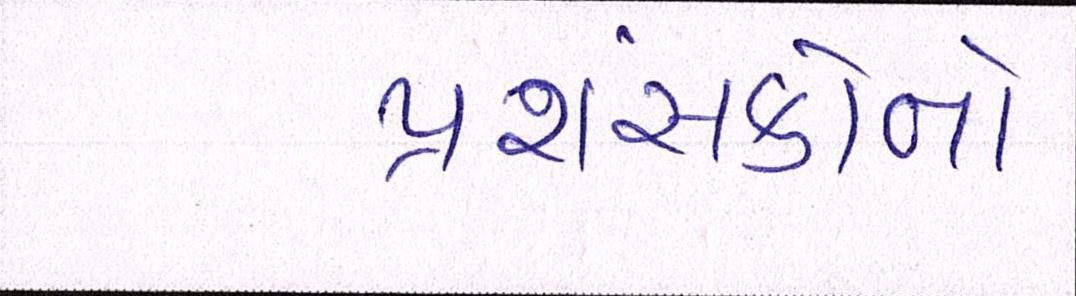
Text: પ્રશંસકોનો